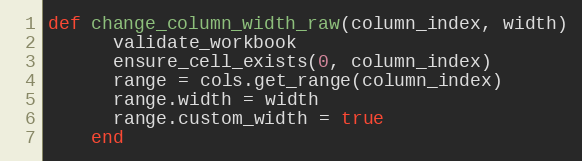
Language: Ruby
def change_column_width_raw(column_index, width)
      validate_workbook
      ensure_cell_exists(0, column_index)
      range = cols.get_range(column_index)
      range.width = width
      range.custom_width = true
    end